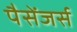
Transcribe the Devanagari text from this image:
पैसेंजर्स